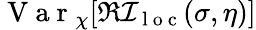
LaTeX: \mathrm{~V~a~r~}_{\chi}[\Re\mathcal{I}_{\mathrm{~l~o~c~}}(\sigma,\eta)]